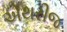
એથરીજ